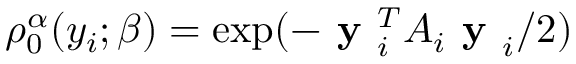
\rho _ { 0 } ^ { \alpha } ( y _ { i } ; \beta ) = \exp ( - \textbf { y } _ { i } ^ { T } A _ { i } \textbf { y } _ { i } / 2 )